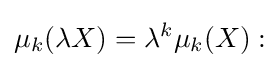
\mu _{k}(\lambda X)=\lambda ^{k}\mu _{k}(X):